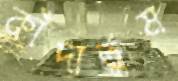
কাঁদাতুম